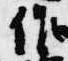
作